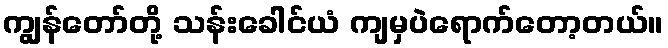
ကျွန်တော်တို့ သန်းခေါင်ယံ ကျမှပဲရောက်တော့တယ်။